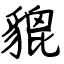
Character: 貔